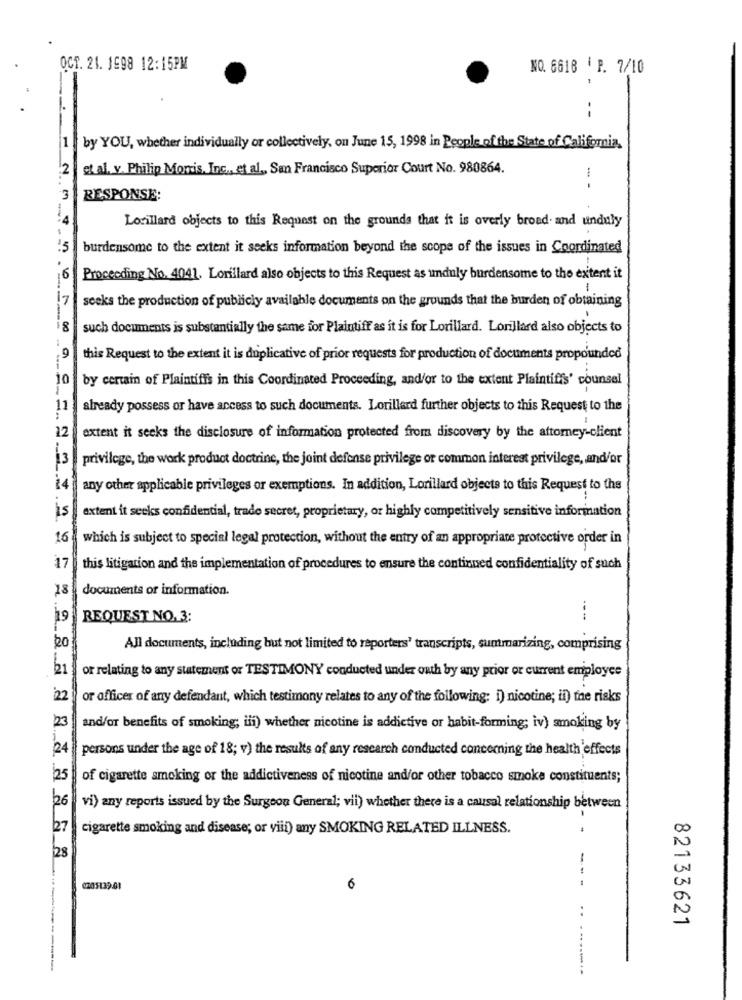
OCT. 21. 1998 12:15PM
NO. 6618 |P. 7/10
-
--
by YOU, whether individually or collectively, on June 15, 1998 in People of the State of California,
.2
et al. v. Philip Moris, Inc ., et al ., San Francisco Superior Court No. 980864.
3
RESPONSE:
Lorillard objects to this Request on the grounds that it is overly broad and unduly
burdensome to the extent it seeks information beyond the scope of the issues in Coordinated
16
Proceeding No. 4041. Lorillard also objects to this Request as unduly burdensome to the extent it
17
seeks the production of publicly available documents on the grounds that the burden of obtaining
-----
8
such documents is substantially the same for Plaintiff as it is for Lorillard. Lorillard also objects to
.9
this Request to the extent it is duplicative of prior requests for production of documents propounded
10
by certain of Plaintiffs in this Coordinated Proceeding, and/or to the extent Plaintiffs' counsel
11
already possess or have access to such documents. Lorillard further objects to this Request to the
22
extent it seeks the disclosure of information protected from discovery by the attorney-client
13
privilege, the work product doctrine, the joint defense privilege or common interest privilege, and/or
any other applicable privileges or exemptions. In addition, Lorillard objects to this Request to the
is
extent it seeks confidential, trade secret, proprietary, or highly competitively sensitive information
16
which is subject to special legal protection, without the entry of an appropriate protective order in
17
this litigation and the implementation of procedures to ensure the continued confidentiality of such
18
documents or information.
19
REQUEST NO. 3:
---
All documents, including but not limited to reporters' transcripts, summarizing, comprising
21
or relating to any statement or TESTIMONY conducted under oath by any prior or current employee
22
or officer of any defendant, which testimony relates to any of the following: i) nicotine; il) the risks
23
and/or benefits of smoking; ili) whether nicotine is addictive or habit-forming; iv) smoking by
24
persons under the age of 18; v) the results of any research conducted concerning the health effects
25
of cigarette smoking or the addictiveness of nicotine and/or other tobacco smoke constituents;
26
vi) any reports issued by the Surgeon General; vii) whether there is a causal relationship between
cigarette smoking and disease; or viii) any SMOKING RELATED ILLNESS.
00
28
UN
0205139.01
6
---
..
82133621
-----.